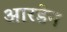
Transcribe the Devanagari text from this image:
आरडेन